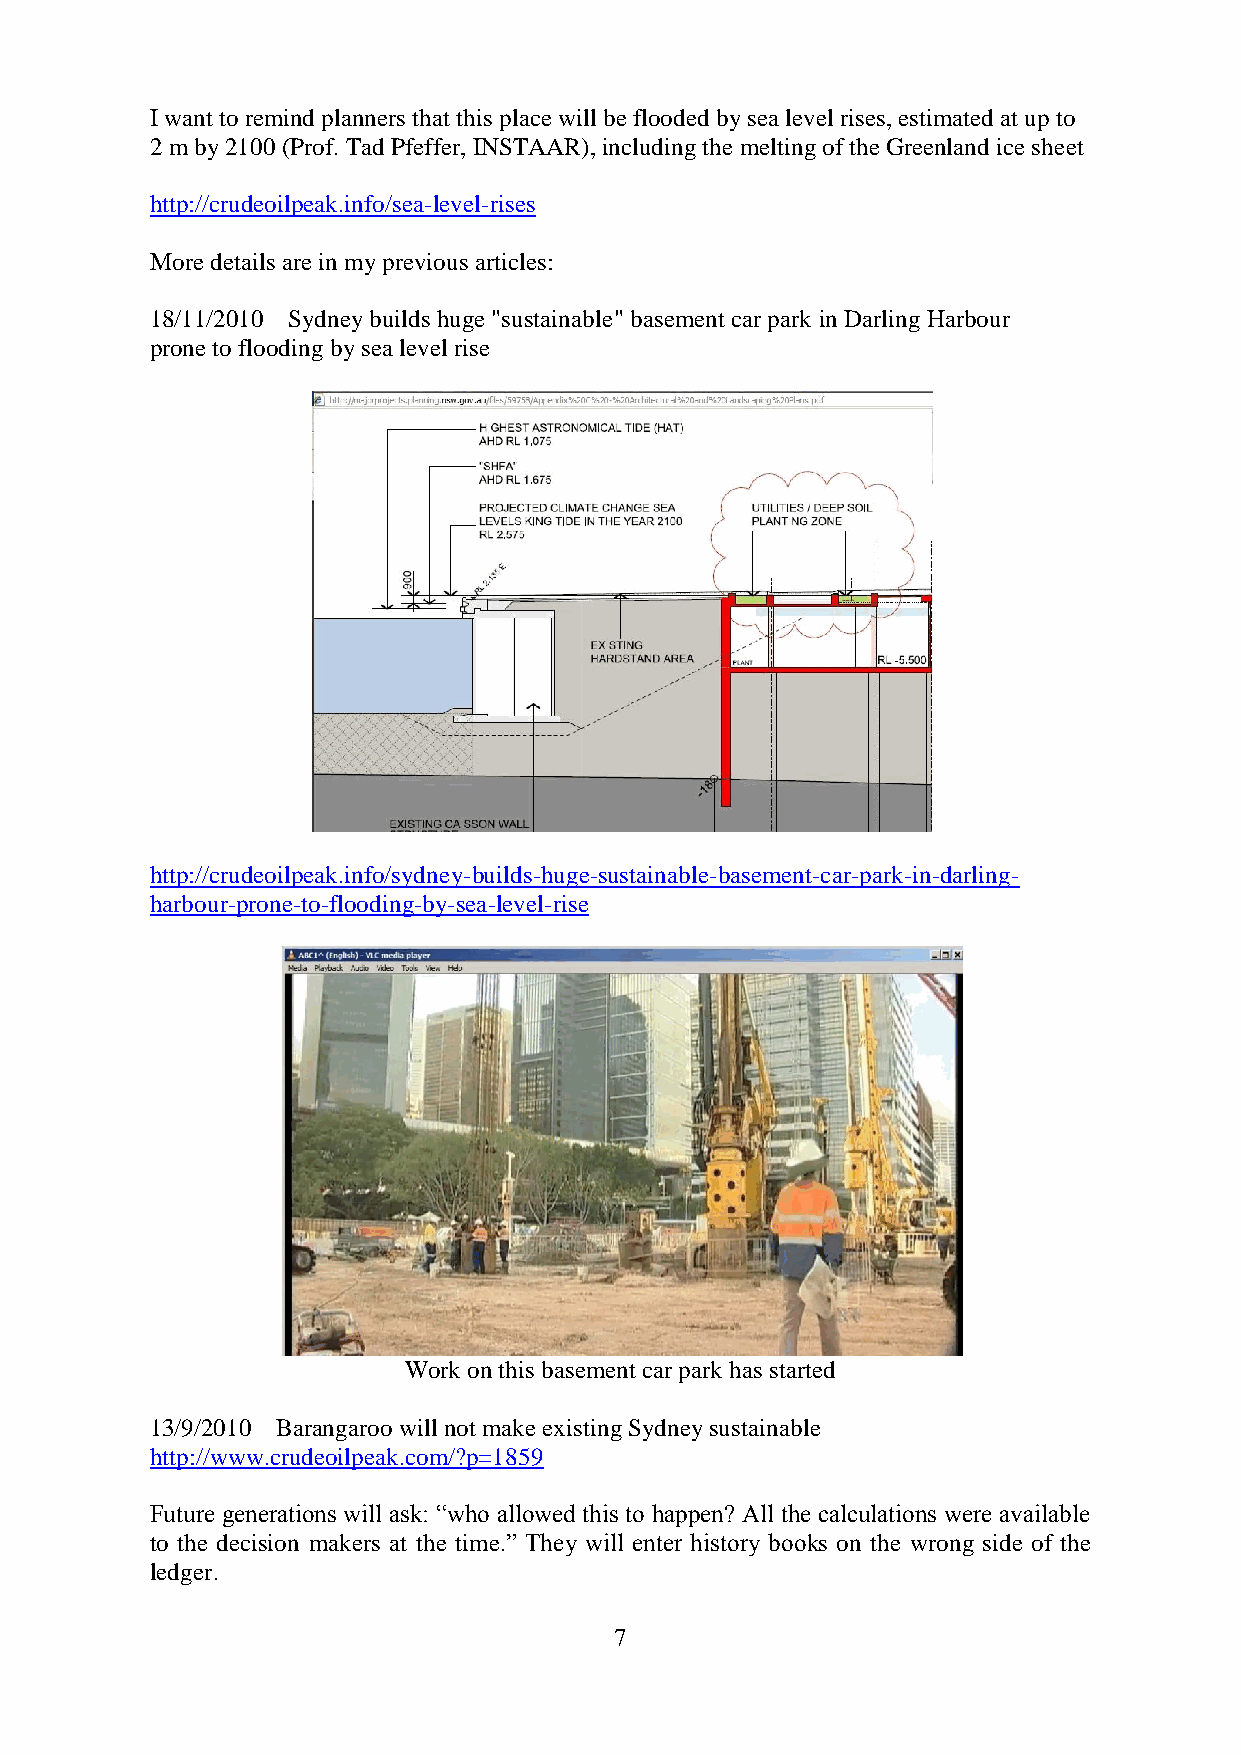
I want to remind planners that this place will be flooded by sea level rises, estimated at up to
 2 m by 2100 (Prof. Tad Pfeffer, INSTAAR), including the melting of the Greenland ice sheet
 http://crudeoilpeak.info/sea-level-rises
 More details are in my previous articles:
 18/11/2010 Sydney builds huge "sustainable" basement car park in Darling Harbour
 prone to flooding by sea level rise
 http://crudeoilpeak.info/sydney-builds-huge-sustainable-basement-car-park-in-darling-
 harbour-prone-to-flooding-by-sea-level-rise
 Work on this basement car park has started
 13/9/2010 Barangaroo will not make existing Sydney sustainable
 http://www.crudeoilpeak.com/?p=1859
 Future generations will ask: “who allowed this to happen? All the calculations were available
 to the decision makers at the time.” They will enter history books on the wrong side of the
 ledger.
 7